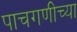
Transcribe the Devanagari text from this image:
पाचगणीच्या